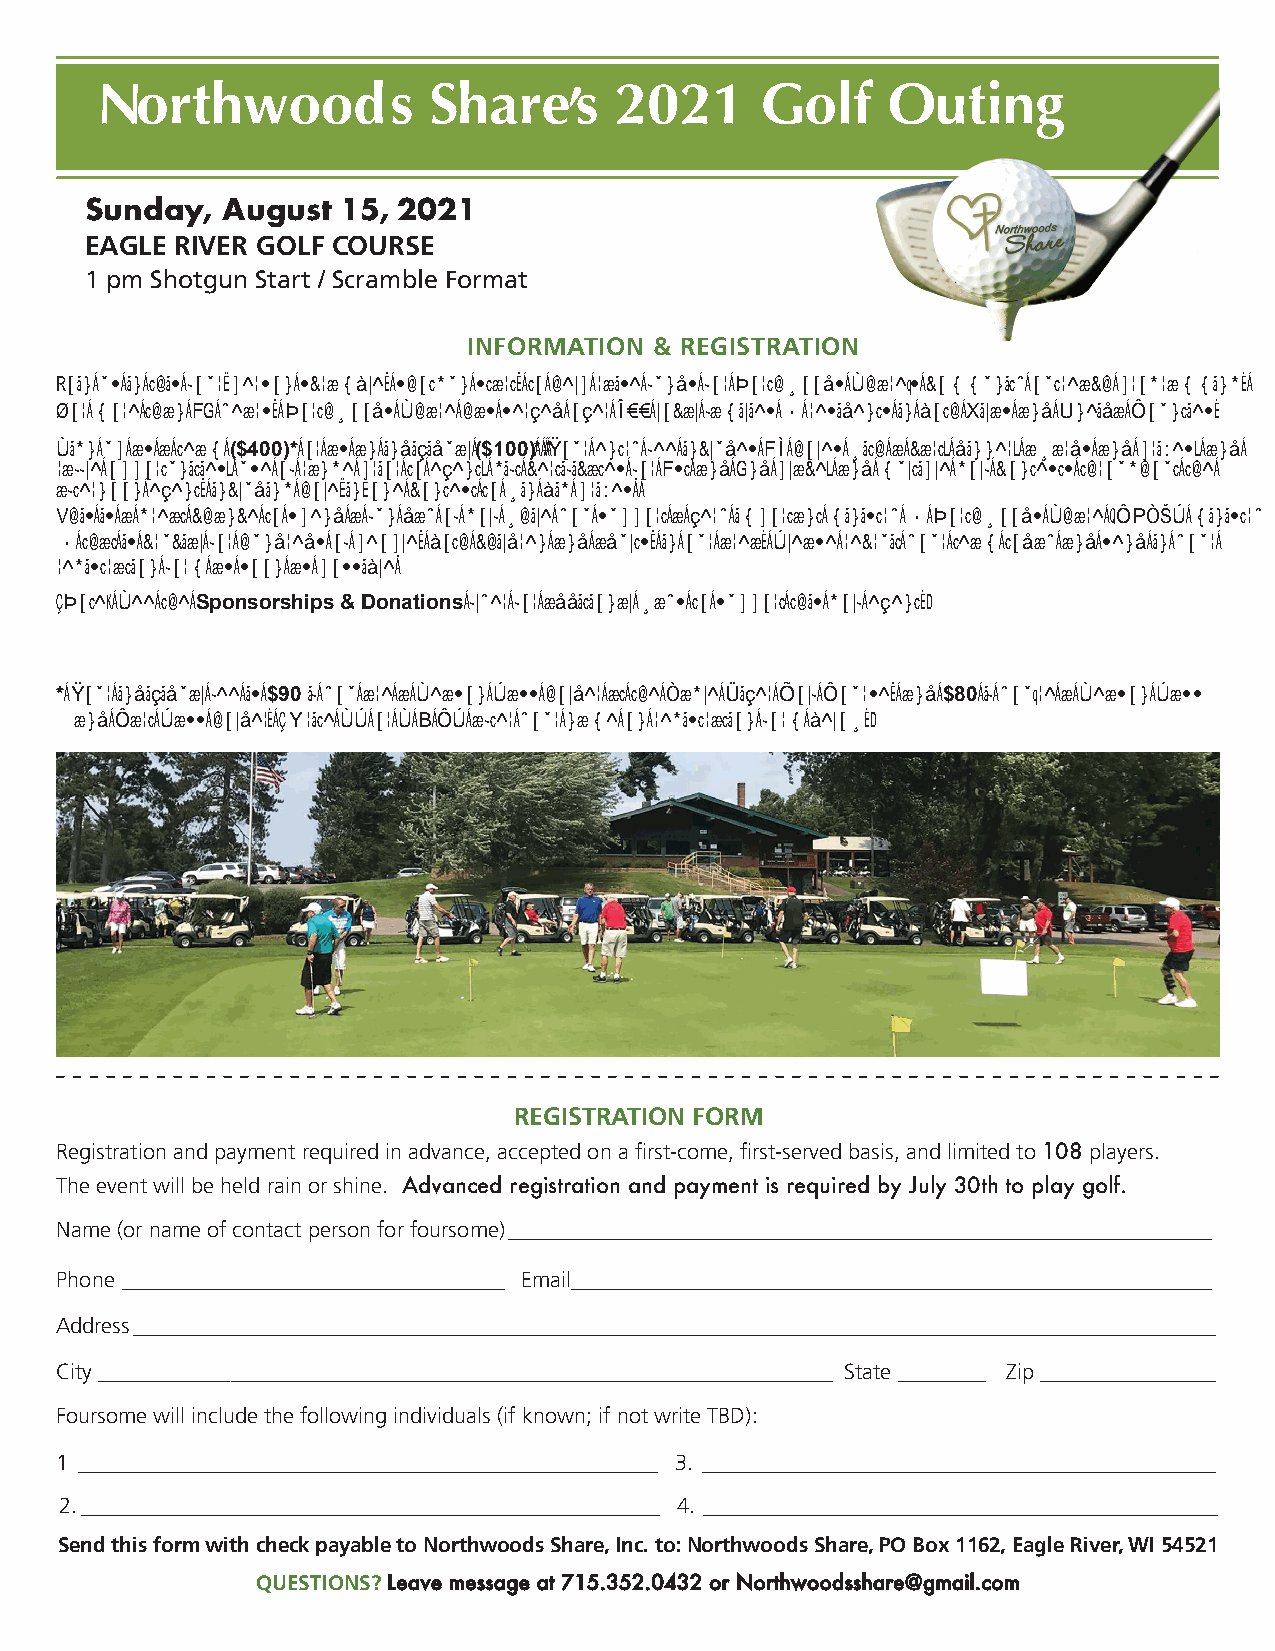
Northwoods            Share’s      2021     Golf     Outing
 Sunday,  August 15, 2021
 EAGLE RIVER GOLF COURSE
 1 pm Shotgun Start / Scramble Format
 INFORMATION & REGISTRATION
 Join us in this four-person scramble, shotgun start, to help raise funds for Northwoods Share’s community outreach programming.
 For more than 12 years, Northwoods Share has served over 600 local families — residents in both Vilas and Oneida Counties.
 Sign up as a team ($400)* or as an individual ($100). * Your entry fee includes 18 holes with a cart; dinner; awards and prizes; and
 raffle opportunities; use of range prior to event; gift certificates for 1st and 2nd place; and multiple golf contests throughout the
 afternoon event, including hole-in-one contest to win big prizes!
 This is a great chance to spend a fun day of golf while you support a very important ministry — Northwoods Share ICHELP ministry
 — that is crucial for hundreds of people, both children and adults, in our area. Please recruit your team today and send in your
 registration form as soon as possible!
 (Note: See the Sponsorships & Donations flyer for additional ways to support this golf event.)
 * Your individual fee is $90 if you are a Season Pass holder at the Eagle River Golf Course, and $80 if you’re a Season Pass
 and Cart Pass holder. (Write SP or S & CP after your name on registration form below.)
 REGISTRATION FORM
 Registration and payment required in advance, accepted on a first-come, first-served basis, and limited to 108 players.
 The event will be held rain or shine. Advanced registration and payment is required by July 30th to play golf.
 Name (or name of contact person for foursome) ___________________________________________________________________
 Phone ___________________________________ Email _____________________________________________________________
 Address ___________________________________________________________________________________________________
 City ____________ _______________________________________________________ State ________ Zip ________________
 Foursome will include the following individuals (if known; if not write TBD):
 1 _____________________________________________________ 3. _______________________________________________
 2. _____________________________________________________ 4. _______________________________________________
 Send this form with check payable to Northwoods Share, Inc. to: Northwoods Share, PO Box 1162, Eagle River, WI 54521
 QUESTIONS? Leave message at 715.352.0432 or Northwoodsshare@gmail.com